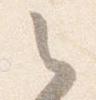
之